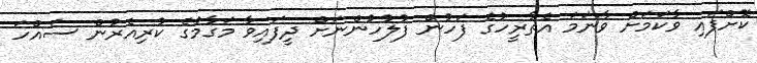
ކޮށްފައި ވާކަމަށް ވާނަމަ އެތާރީހުގެ ފަހުން ފުލުހުންނަށް ދީފައިވާ މަގާމުގެ ކުރިއެރުން ސައްހަ